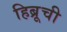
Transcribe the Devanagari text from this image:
हिब्रूची